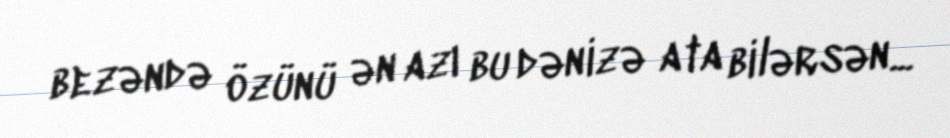
bezəndə özünü ən azı bu dənizə ata bilərsən...